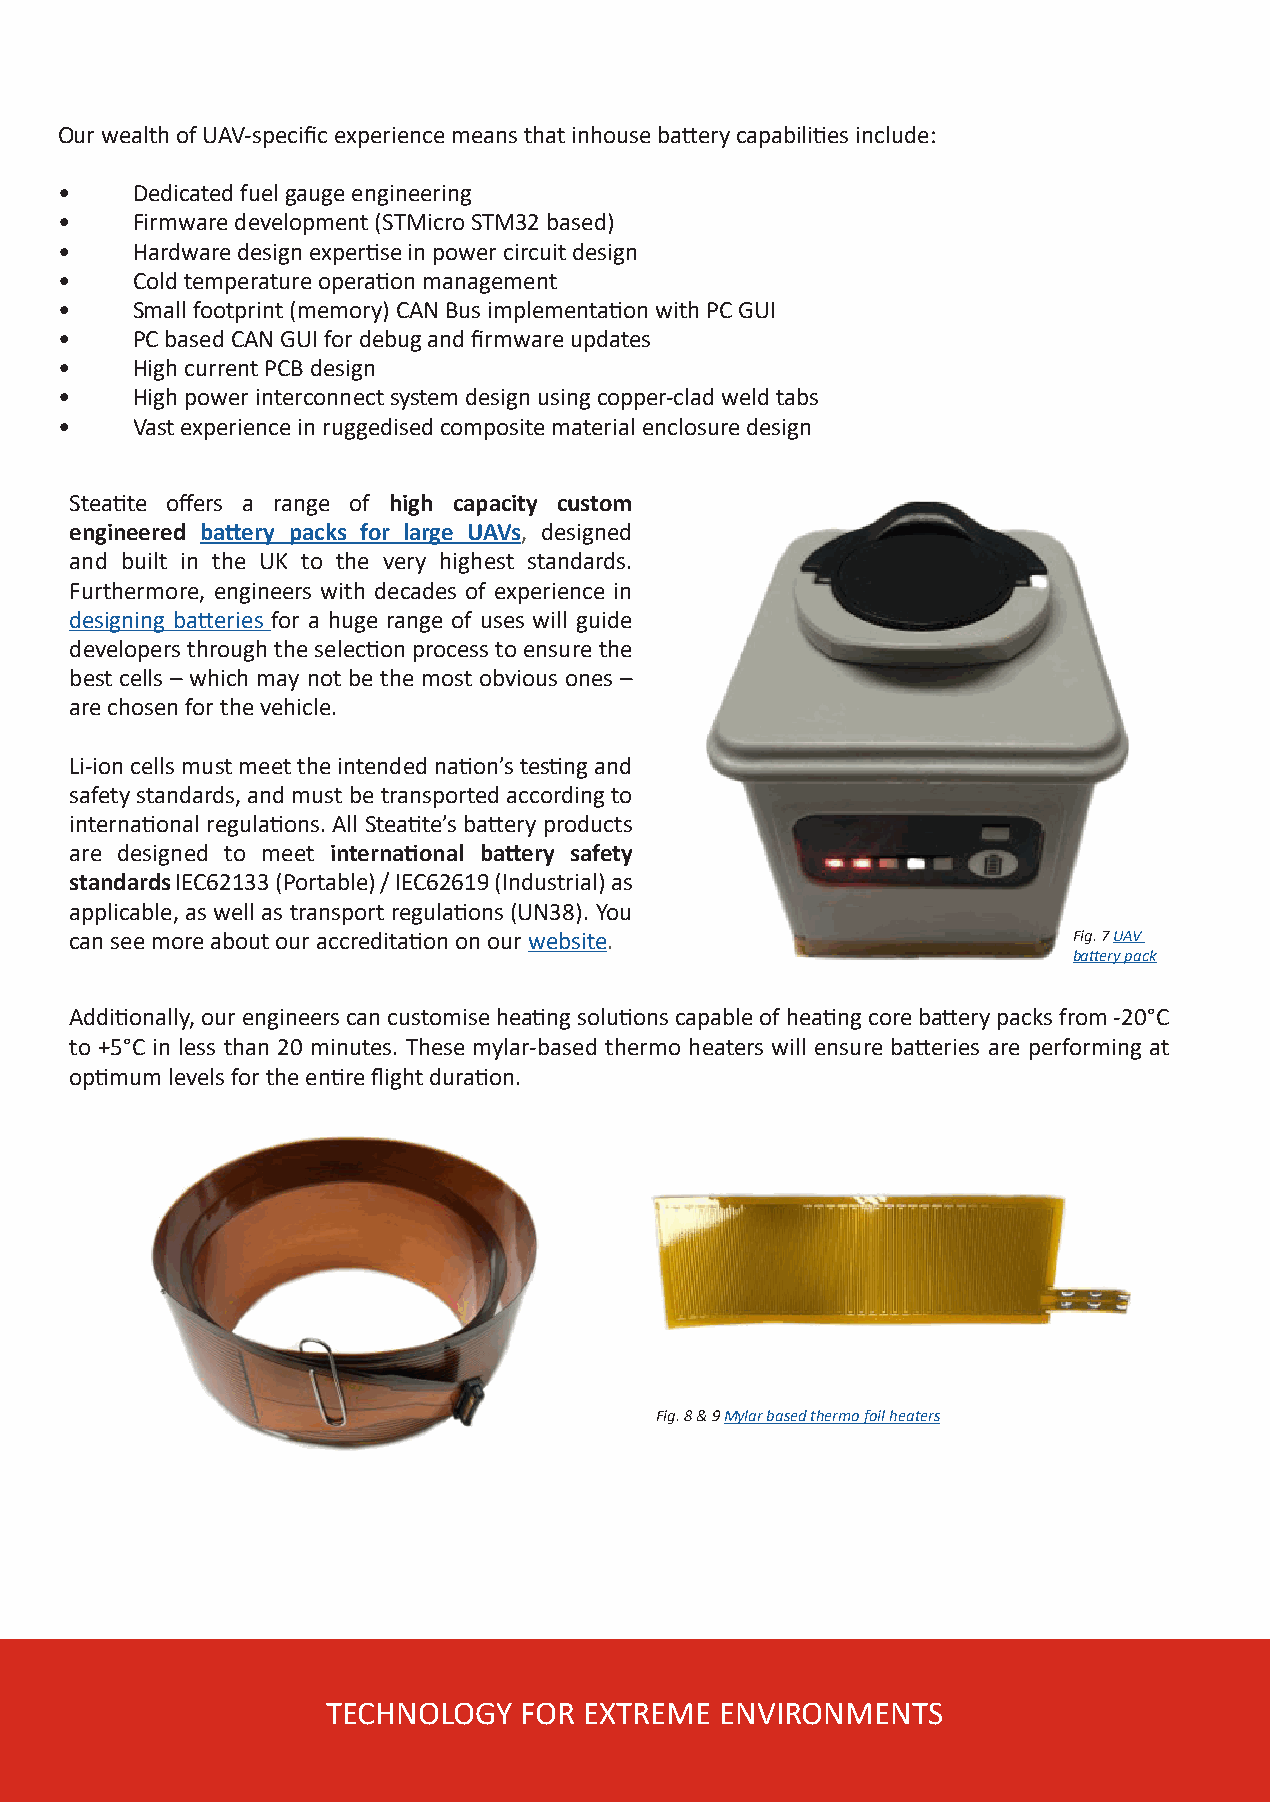
Our wealth of UAV-specific experience means that inhouse battery capabilities include:
 •    Dedicated fuel gauge engineering
 •    Firmware development (STMicro STM32 based)
 •    Hardware design expertise in power circuit design
 •    Cold temperature operation management
 •    Small footprint (memory) CAN Bus implementation with PC GUI
 •    PC based CAN GUI for debug and firmware updates
 •    High current PCB design
 •    High power interconnect system design using copper-clad weld tabs
 •    Vast experience in ruggedised composite material enclosure design
 Steatite offers a range of high capacity custom
 engineered battery packs for large UAVs, designed
 and built in the UK to the very highest standards.
 Furthermore, engineers with decades of experience in
 designing batteries for a huge range of uses will guide
 developers through the selection process to ensure the
 best cells – which may not be the most obvious ones –
 are chosen for the vehicle.
 Li-ion cells must meet the intended nation’s testing and
 safety standards, and must be transported according to
 international regulations. All Steatite’s battery products
 are designed to meet international battery safety
 standards IEC62133 (Portable) / IEC62619 (Industrial) as
 applicable, as well as transport regulations (UN38). You
 can see more about our accreditation on our website.              Fig. 7 UAV
 battery pack
 Additionally, our engineers can customise heating solutions capable of heating core battery packs from -20°C
 to +5°C in less than 20 minutes. These mylar-based thermo heaters will ensure batteries are performing at
 optimum levels for the entire flight duration.
 Fig. 8 & 9 Mylar based thermo foil heaters
 TECHNOLOGY  FOR  EXTREME  ENVIRONMENTS